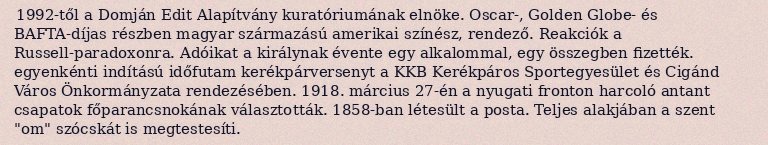
1992-től a Domján Edit Alapítvány kuratóriumának elnöke. Oscar-, Golden Globe- és BAFTA-díjas részben magyar származású amerikai színész, rendező. Reakciók a Russell-paradoxonra. Adóikat a királynak évente egy alkalommal, egy összegben fizették. egyenkénti indítású időfutam kerékpárversenyt a KKB Kerékpáros Sportegyesület és Cigánd Város Önkormányzata rendezésében. 1918. március 27-én a nyugati fronton harcoló antant csapatok főparancsnokának választották. 1858-ban létesült a posta. Teljes alakjában a szent "om" szócskát is megtestesíti.